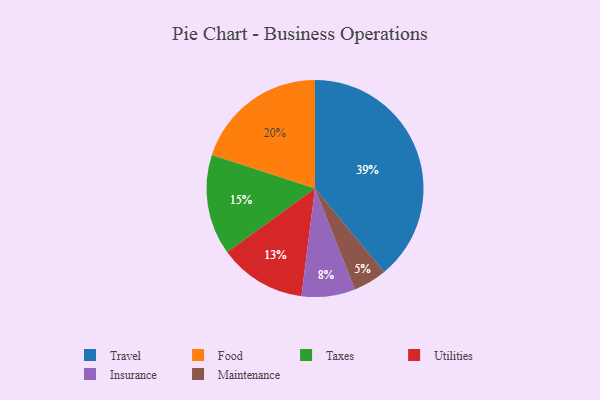
{"axis": {"x": "Category", "y": "Percentage"}, "legend": ["Food", "Insurance", "Maintenance", "Taxes", "Travel", "Utilities"], "data": [{"x": "Maintenance", "y": 5, "type": "Maintenance"}, {"x": "Travel", "y": 39, "type": "Travel"}, {"x": "Taxes", "y": 15, "type": "Taxes"}, {"x": "Food", "y": 20, "type": "Food"}, {"x": "Insurance", "y": 8, "type": "Insurance"}, {"x": "Utilities", "y": 13, "type": "Utilities"}]}